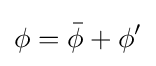
\phi ={\bar {\phi }}+\phi ^{\prime }